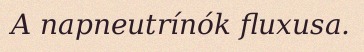
A napneutrínók fluxusa.